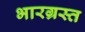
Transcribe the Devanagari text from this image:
भारग्रस्त